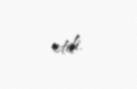
etdi.